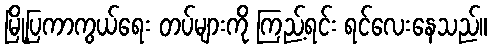
မြို့ပြကာကွယ်ရေး တပ်များကို ကြည့်ရင်း ရင်လေးနေသည်။